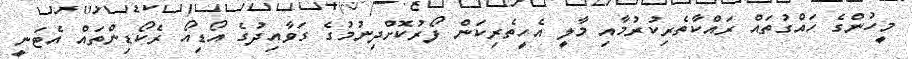
މީހުންގެ ހައްގުތައް ރައްކާތެރިކުރުމާއި މާލީ އެހީތެރިކަން ފޯރުކޮށްދިނުމުގެ ގަވާއިދުގެ އޯޑިއޯ ރެކޯޑިންތައް އެޓަނީ